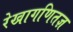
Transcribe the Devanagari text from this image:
रेखागणितज्ञ